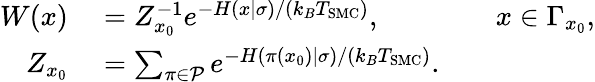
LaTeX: \begin{array}{rlrl}{W(x)}&{{}=Z_{x_{0}}^{-1}e^{-H(x|\sigma)/(k_{B}T_{\mathrm{SMC}})},}&{}&{{}x\in\Gamma_{x_{0}},}\\ {Z_{x_{0}}}&{{}=\sum_{\pi\in\mathcal{P}}e^{-H(\pi(x_{0})|\sigma)/(k_{B}T_{\mathrm{SMC}})}.}\end{array}